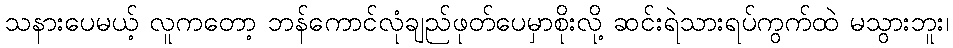
သနားပေမယ့် လူကတော့ ဘန်ကောင်လုံချည်ဖုတ်ပေမှာစိုးလို့ ဆင်းရဲသားရပ်ကွက်ထဲ မသွားဘူး၊